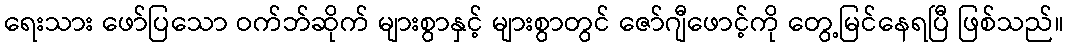
ရေးသား ဖော်ပြသော ဝက်ဘ်ဆိုက် များစွာနှင့် များစွာတွင် ဇော်ဂျီဖောင့်ကို တွေ့မြင်နေရပြီ ဖြစ်သည်။